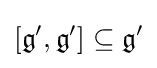
[{\mathfrak {g'}},{\mathfrak {g'}}]\subseteq {\mathfrak {g'}}